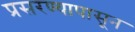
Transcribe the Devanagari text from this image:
प्रसरण्यापासून